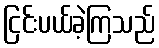
ငြင်းပယ်ခဲ့ကြသည်